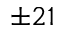
\pm 2 1